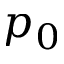
p _ { 0 }